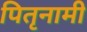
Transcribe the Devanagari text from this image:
पितृनामी